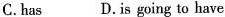
C.has D.is going to have